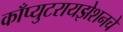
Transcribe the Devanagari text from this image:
काँप्युटरायझेशनचे